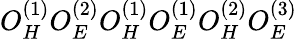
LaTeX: O_{H}^{(1)}O_{E}^{(2)}O_{H}^{(1)}O_{E}^{(1)}O_{H}^{(2)}O_{E}^{(3)}